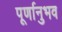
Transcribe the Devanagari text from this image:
पूर्णानुभव